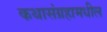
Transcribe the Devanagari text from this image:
कथासंग्रहामधील